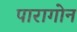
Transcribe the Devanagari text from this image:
पारागोन